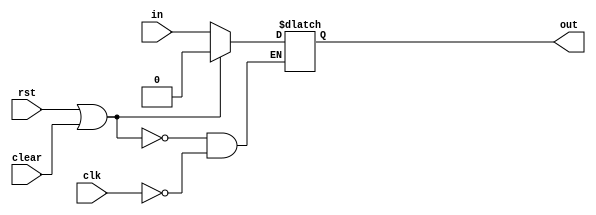
module flipflop(clk, rst, clear, in, out);
    input wire clk, rst, clear, in;
    output reg out;

    always @ (rst or clk or clear) begin
        if (rst || clear) begin
            out <= 1'b0;
        end
        else begin
            if (clk) begin

                out <= in;
            end
        end
    end
endmodule